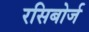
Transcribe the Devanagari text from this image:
रसिबोर्ज